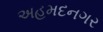
અહમદનગર